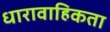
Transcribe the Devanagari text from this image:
धारावाहिकता